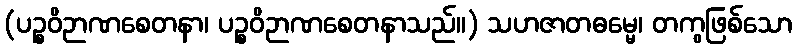
(ပဉ္စဝိဉာဏစေတနာ၊ ပဉ္စဝိဉာဏစေတနာသည်။) သဟဇာတဓမ္မေ၊ တကွဖြစ်သော